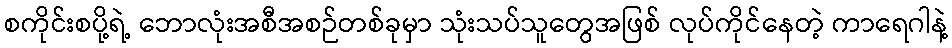
စကိုင်းစပို့ရဲ့ ဘောလုံးအစီအစဉ်တစ်ခုမှာ သုံးသပ်သူတွေအဖြစ် လုပ်ကိုင်နေတဲ့ ကာရေဂါနဲ့